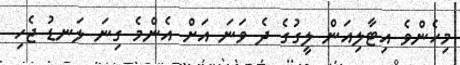
މިހެންވެ އިޓާލިއަން ލީގުގެ ދެ ވަނަ އަށް އެންމެ ގިނަ ލަނޑު ޖެހި